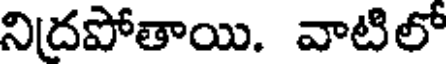
నిదపోతాయి. వాటిలో